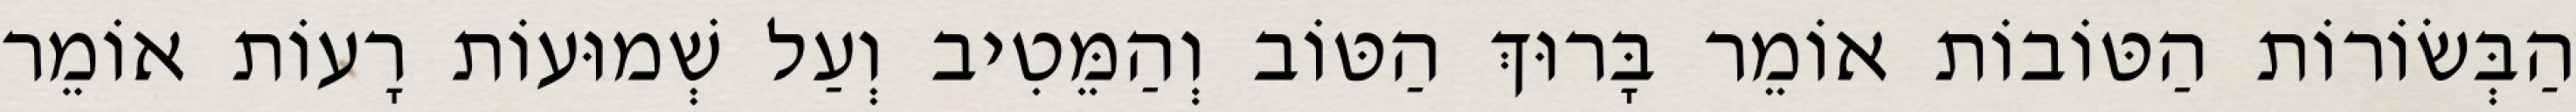
הַבְּשׂוֹרוֹת הַטּוֹבוֹת אוֹמֵר בָּרוּךְ הַטּוֹב וְהַמֵּטִיב וְעַל שְׁמוּעוֹת רָעוֹת אוֹמֵר